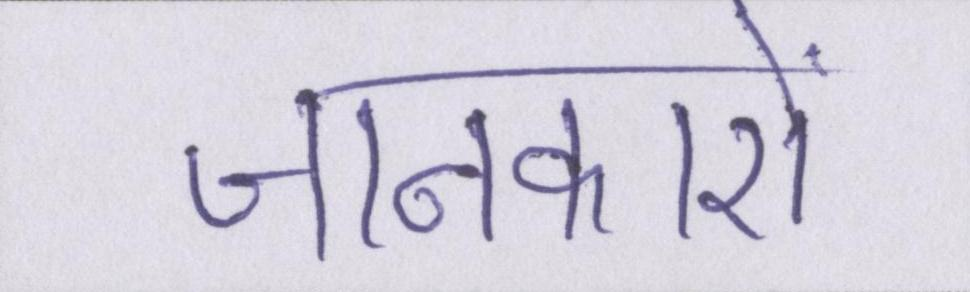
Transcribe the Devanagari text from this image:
जानकारों